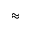
\approx